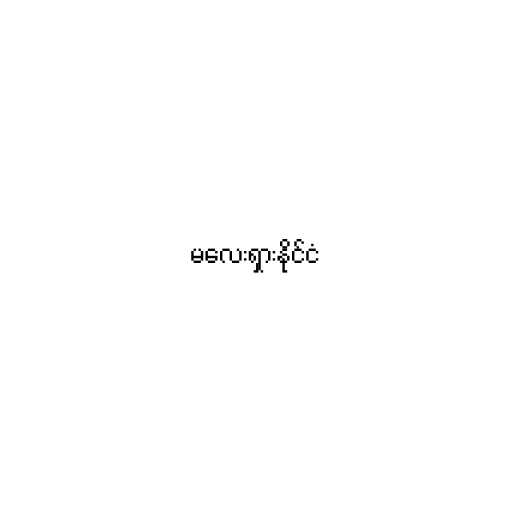
မလေးရှားနိုင်ငံ